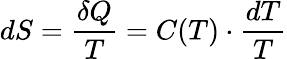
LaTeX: dS=\frac{\delta Q}{T}=C(T)\cdot\frac{dT}{T}